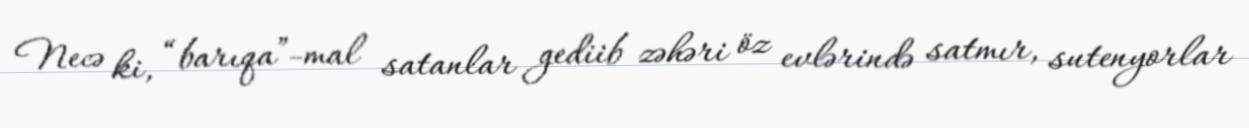
Necə ki, “barıqa”-mal satanlar gediib zəhəri öz evlərində satmır, sutenyorlar